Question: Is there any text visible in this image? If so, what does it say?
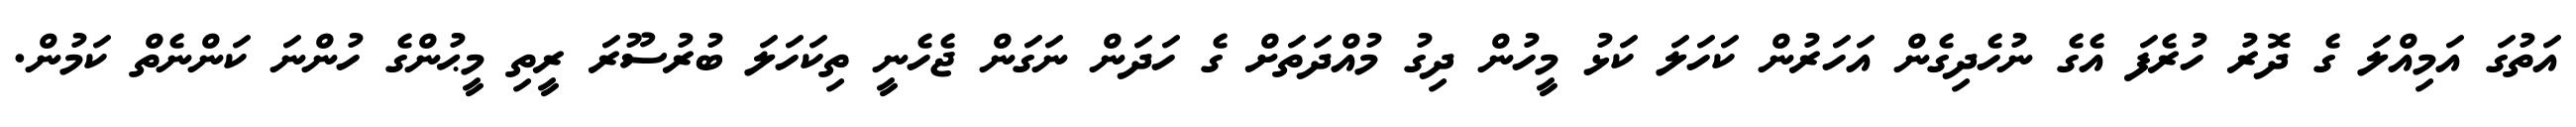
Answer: އަތުގަ އަމިއްލަ ގެ ދޮރު ހުރެފަ އެގެ ނުހެދިގެން އަހަރުން ކަހަލަ ކަޅު މީހުން ދިގު މުއްދަތަށް ގެ ހަދަން ނަގަން ޖެހެނީ ތިކަހަލަ ބުރުސޫރަ ރީތި މީޙުންގެ ހުންނަ ކަންނެތް ކަމުން.